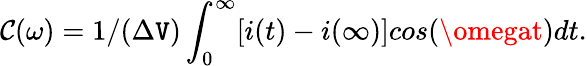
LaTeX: \mathcal{C}(\omega)=1/(\Delta\mathtt{V})\int_{0}^{\infty}[i(t)-i(\infty)]cos(\omegat)dt.